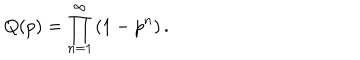
Q ( p ) = \prod _ { n = 1 } ^ { \infty } \left( 1 - p ^ { n } \right) .